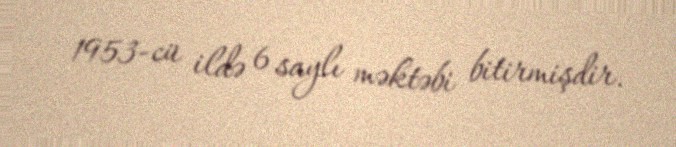
1953-cü ildə 6 saylı məktəbi bitirmişdir.